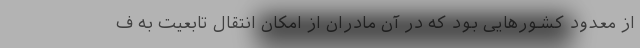
از معدود کشورهایی بود که در آن مادران از امکان انتقال تابعیت به ف